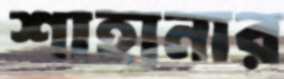
শাহানার